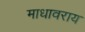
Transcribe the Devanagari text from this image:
माधावराय